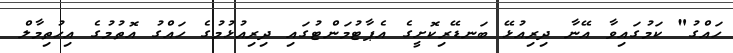
ހައްގު" ކަމުގައިވާ އޭނާ ދިރިއުޅޭ ބަނޑޭރިކޮށީގެ އެޕާޓުމަންޓުގައި ދިރިއުޅުމުގެ ހައްގު އޮތުމުގެ އިހުތިމާލް